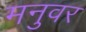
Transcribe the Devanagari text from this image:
मनुवर